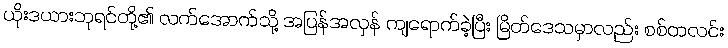
ယိုးဒယားဘုရင်တို့၏ လက်အောက်သို့ အပြန်အလှန် ကျရောက်ခဲ့ပြီး မြိတ်ဒေသမှာလည်း စစ်တလင်း